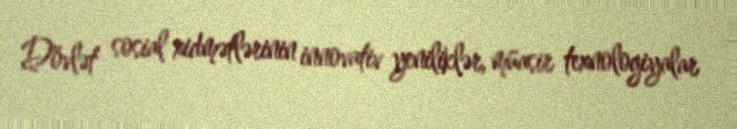
Dövlət sosial xidmətlərinin innovativ yeniliklər, müasir texnologiyalar